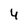
Character: 4